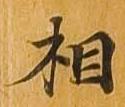
相